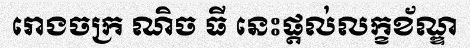
រោងចក្រ ណិច ធី នេះផ្តល់លក្ខខ័ណ្ឌ